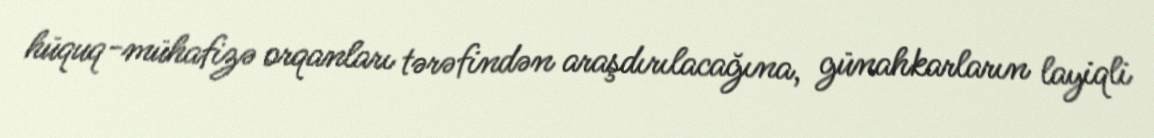
hüquq-mühafizə orqanları tərəfindən araşdırılacağına, günahkarların layiqli